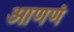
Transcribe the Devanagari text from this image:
आणणं